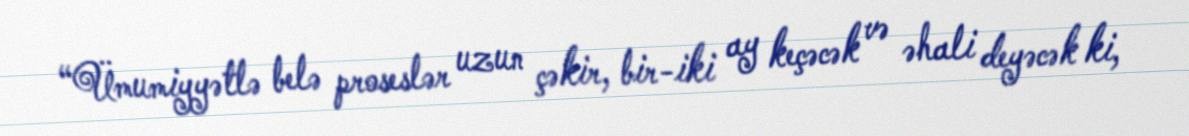
“Ümumiyyətlə belə proseslər uzun çəkir, bir-iki ay keçəcək və əhali deyəcək ki,